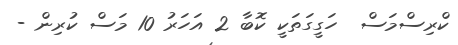
ކްރިސްމަސް  ހަގީގަތަކީ ކޮބާ 2 އަހަރު 10 މަސް ކުރިން -